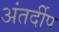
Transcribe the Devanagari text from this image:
अंतर्दीप